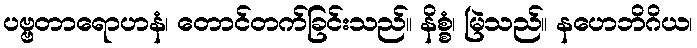
ပဗ္ဗတာရောဟနံ၊ တောင်တက်ခြင်းသည်။ နိစ္စံ၊ မြဲသည်။ နဟေဘိဂိယ၊